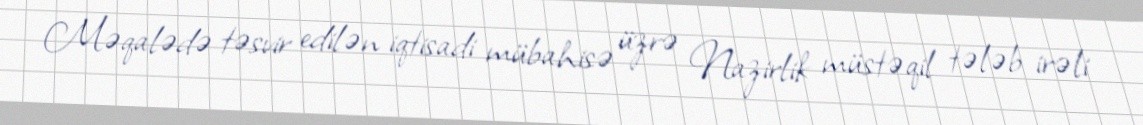
Məqalədə təsvir edilən iqtisadi mübahisə üzrə Nazirlik müstəqil tələb irəli